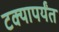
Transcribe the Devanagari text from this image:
टक्यापर्यंत